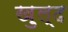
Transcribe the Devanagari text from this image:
ख़ुल्द